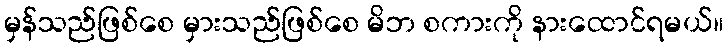
မှန်သည်ဖြစ်စေ မှားသည်ဖြစ်စေ မိဘ စကားကို နားထောင်ရမယ်။